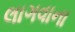
લાગવાના